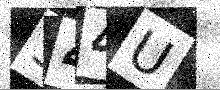
Text: S44U